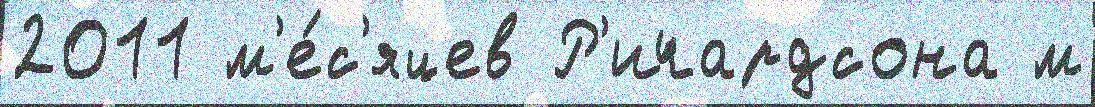
2011 м'е́с'яцев Р'ичардсона м